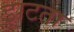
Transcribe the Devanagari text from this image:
झटता